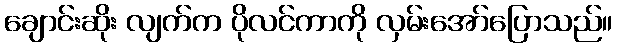
ချောင်းဆိုး လျက်က ပိုလင်ကာကို လှမ်းအော်ပြောသည်။